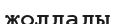
жолдады